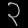
Digit: ၃